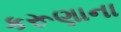
કરૂણાના